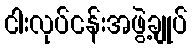
ငါးလုပ်ငန်းအဖွဲ့ချုပ်